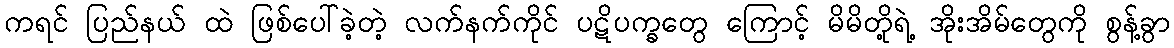
ကရင် ပြည်နယ် ထဲ ဖြစ်ပေါ်ခဲ့တဲ့ လက်နက်ကိုင် ပဋိပက္ခတွေ ကြောင့် မိမိတို့ရဲ့ အိုးအိမ်တွေကို စွန့်ခွာ